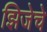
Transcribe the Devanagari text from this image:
झिजेचे